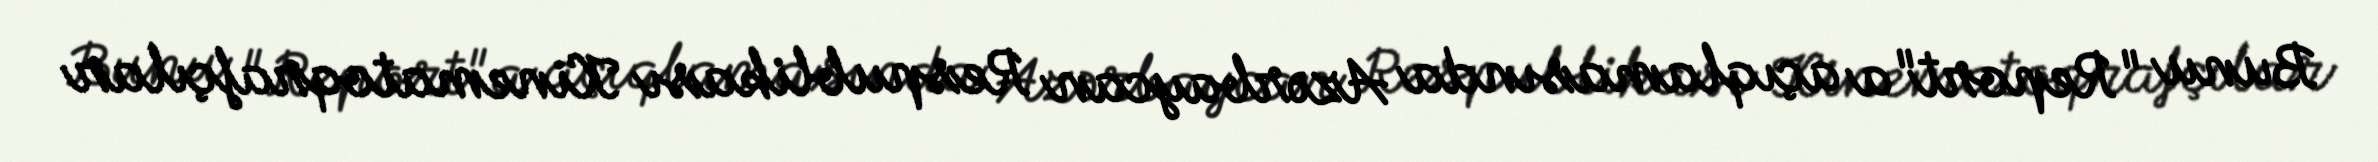
Bunu "Report"a açıqlamasında Azərbaycan Respublikası Kinematoqrafçılar